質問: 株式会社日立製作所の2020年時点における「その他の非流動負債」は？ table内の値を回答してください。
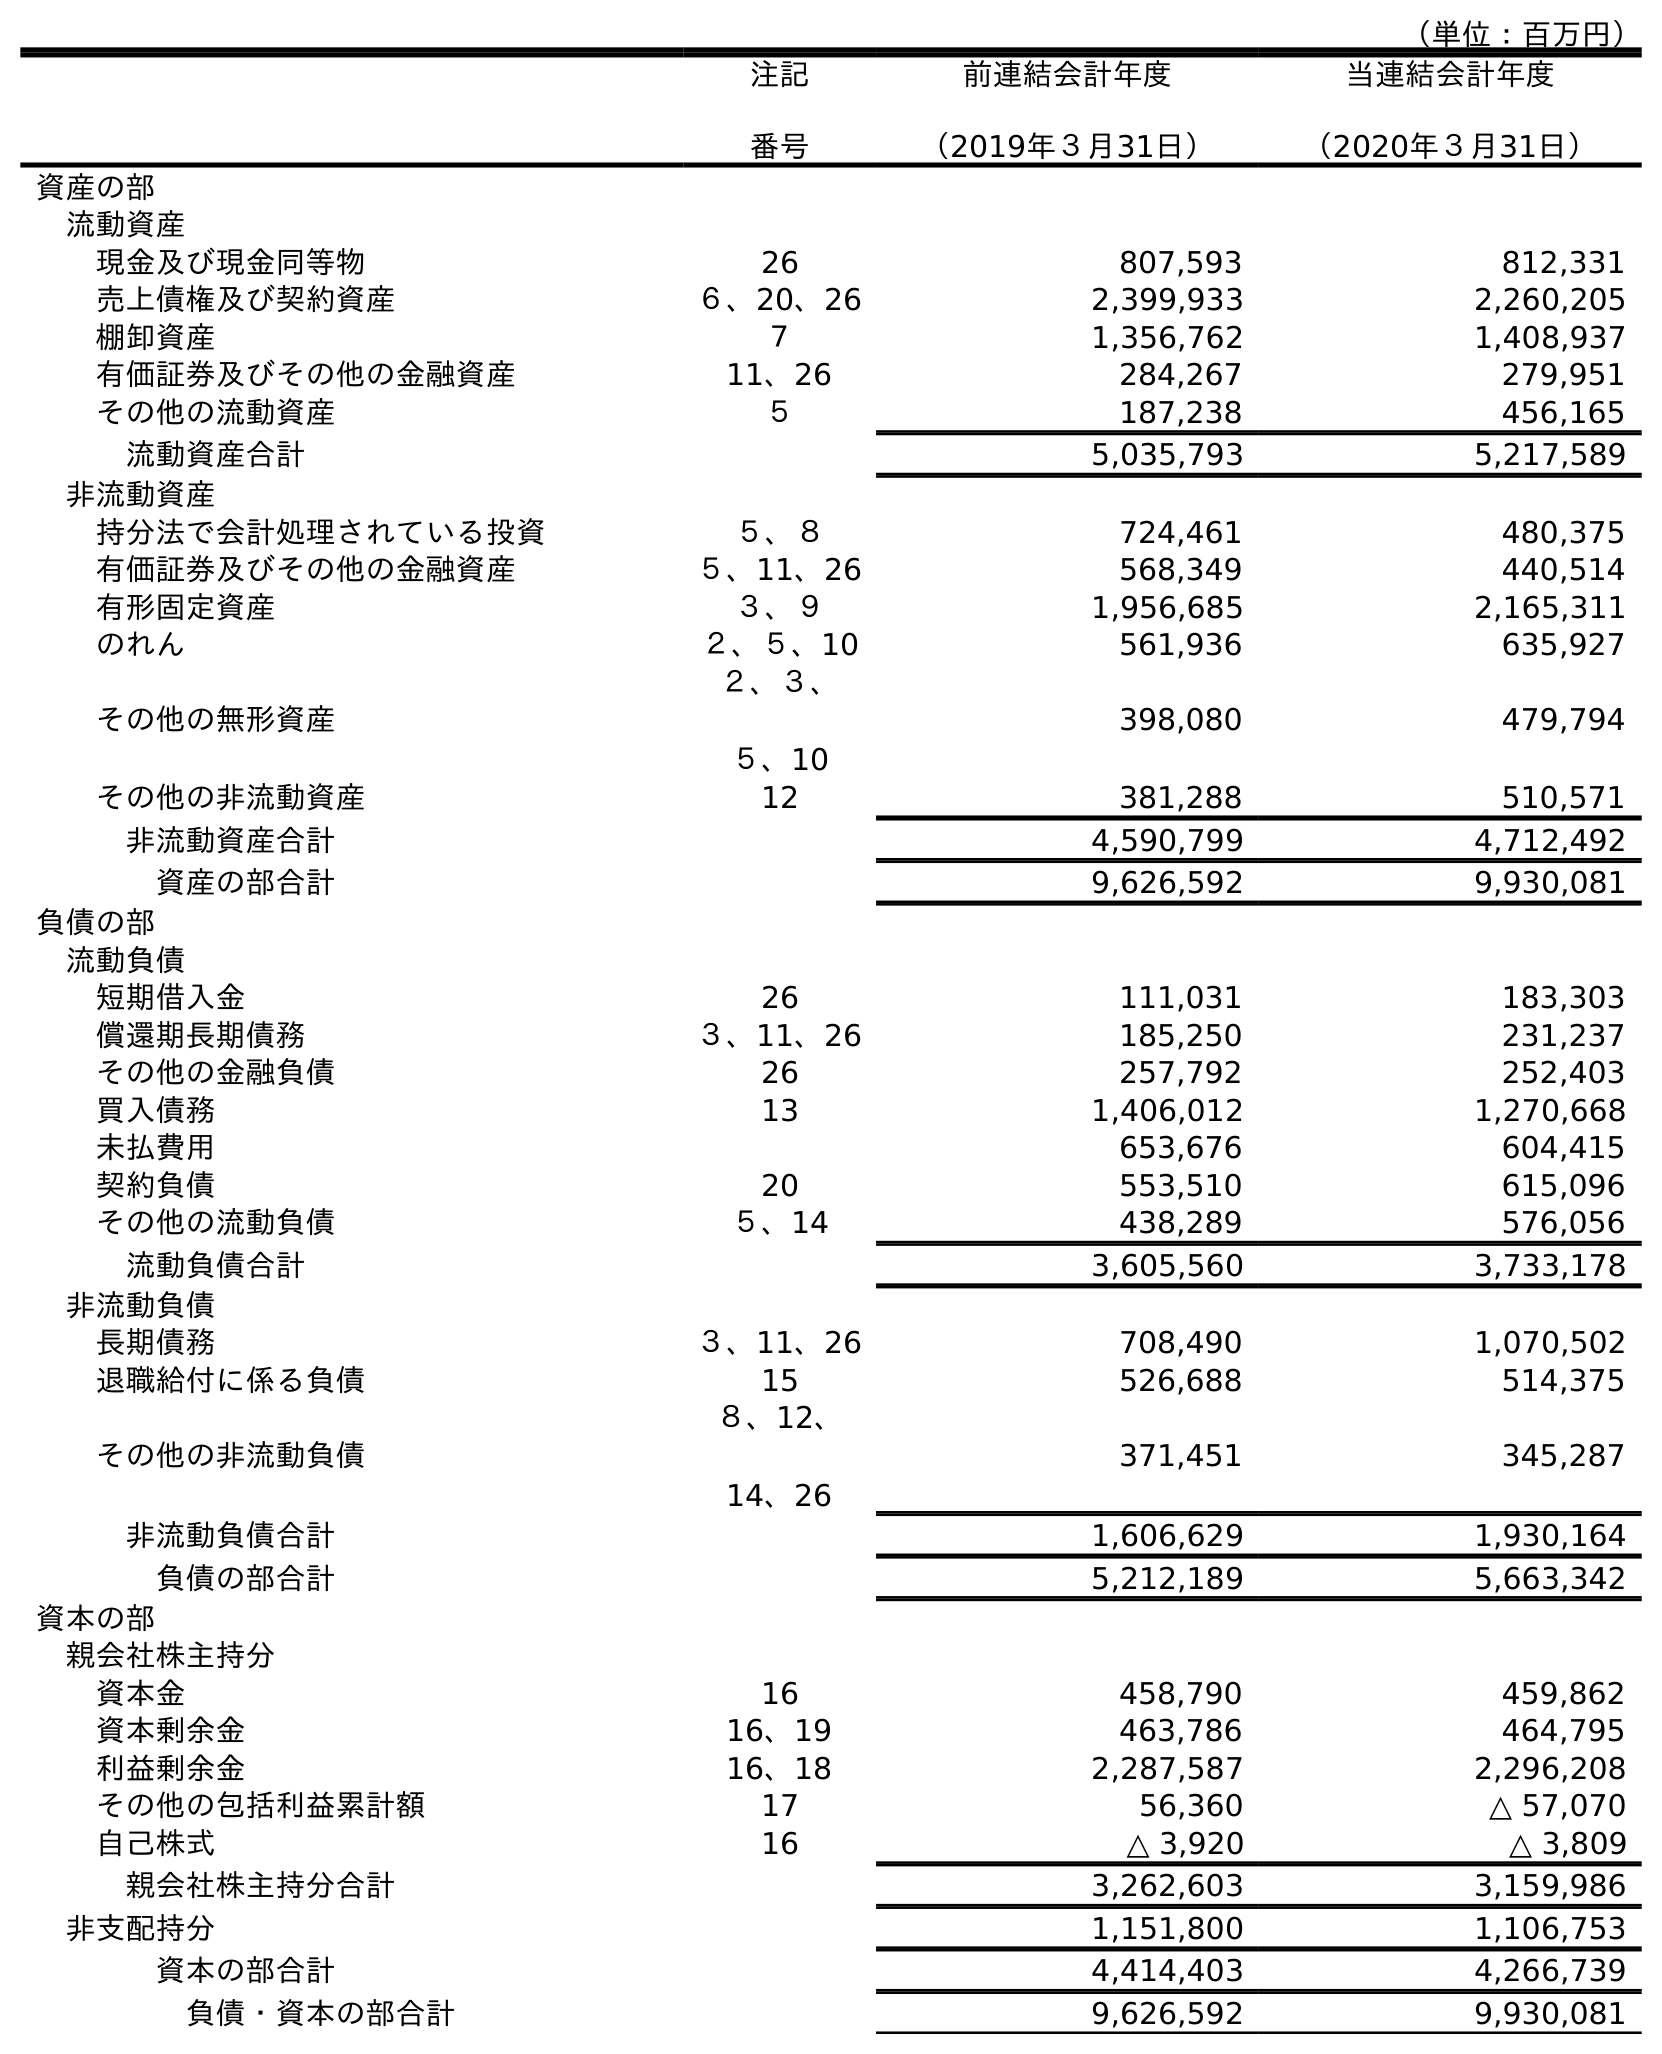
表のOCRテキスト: （単位：百万円） 注記 番号 前連結会計年度 （2019年３月31日） 当連結会計年度 （2020年３月31日） 資産の部 流動資産 現金及び現金同等物 26 807,593 812,331 売上債権及び契約資産 ６、20、26 2,399,933 2,260,205 棚卸資産 ７ 1,356,762 1,408,937 有価証券及びその他の金融資産 11、26 284,267 279,951 その他の流動資産 ５ 187,238 456,165 流動資産合計 5,035,793 5,217,589 非流動資産 持分法で会計処理されている投資 ５、８ 724,461 480,375 有価証券及びその他の金融資産 ５、11、26 568,349 440,514 有形固定資産 ３、９ 1,956,685 2,165,311 のれん ２、５、10 561,936 635,927 その他の無形資産 ２、３、 ５、10 398,080 479,794 その他の非流動資産 12 381,288 510,571 非流動資産合計 4,590,799 4,712,492 資産の部合計 9,626,592 9,930,081 負債の部 流動負債 短期借入金 26 111,031 183,303 償還期長期債務 ３、11、26 185,250 231,237 その他の金融負債 26 257,792 252,403 買入債務 13 1,406,012 1,270,668 未払費用 653,676 604,415 契約負債 20 553,510 615,096 その他の流動負債 ５、14 438,289 576,056 流動負債合計 3,605,560 3,733,178 非流動負債 長期債務 ３、11、26 708,490 1,070,502 退職給付に係る負債 15 526,688 514,375 その他の非流動負債 ８、12、 14、26 371,451 345,287 非流動負債合計 1,606,629 1,930,164 負債の部合計 5,212,189 5,663,342 資本の部 親会社株主持分 資本金 16 458,790 459,862 資本剰余金 16、19 463,786 464,795 利益剰余金 16、18 2,287,587 2,296,208 その他の包括利益累計額 17 56,360 △ 57,070 自己株式 16 △ 3,920 △ 3,809 親会社株主持分合計 3,262,603 3,159,986 非支配持分 1,151,800 1,106,753 資本の部合計 4,414,403 4,266,739 負債・資本の部合計 9,626,592 9,930,081
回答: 345,287